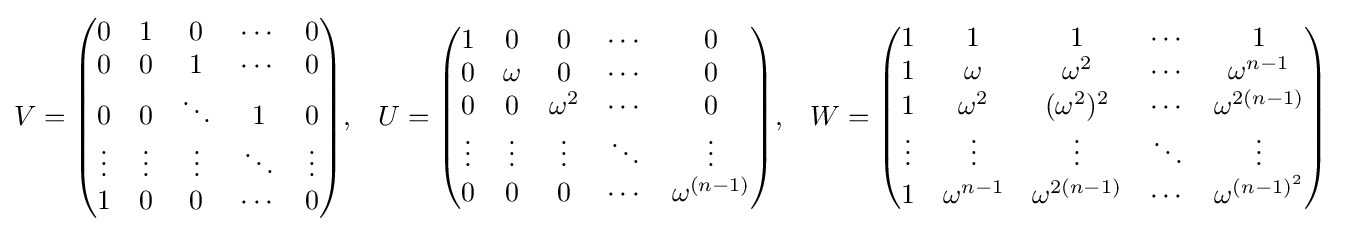
{\begin{aligned}V&={\begin{pmatrix}0&1&0&\cdots &0\\0&0&1&\cdots &0\\0&0&\ddots &1&0\\\vdots &\vdots &\vdots &\ddots &\vdots \\1&0&0&\cdots &0\end{pmatrix}},&U&={\begin{pmatrix}1&0&0&\cdots &0\\0&\omega &0&\cdots &0\\0&0&\omega ^{2}&\cdots &0\\\vdots &\vdots &\vdots &\ddots &\vdots \\0&0&0&\cdots &\omega ^{(n-1)}\end{pmatrix}},&W&={\begin{pmatrix}1&1&1&\cdots &1\\1&\omega &\omega ^{2}&\cdots &\omega ^{n-1}\\1&\omega ^{2}&(\omega ^{2})^{2}&\cdots &\omega ^{2(n-1)}\\\vdots &\vdots &\vdots &\ddots &\vdots \\1&\omega ^{n-1}&\omega ^{2(n-1)}&\cdots &\omega ^{(n-1)^{2}}\end{pmatrix}}\end{aligned}}